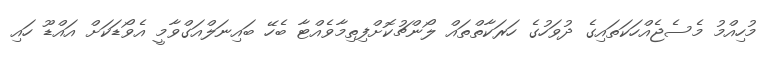
މުހިއްމު މެސެޖެއްހަކަތައިގެ ދުވަހުގެ ހަރަކާތްތައް ލޯންޗުކޮށްފިތިމާވެއްޓާ ބެހޭ ބައިނަލްއަގްވާމީ އެވޯޑަކަށް އައްޑޫ ހައި